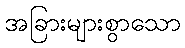
အခြားများစွာသော